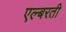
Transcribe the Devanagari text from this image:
एल्बरती